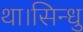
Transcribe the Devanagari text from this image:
था।सिन्धु